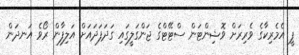
ޕީ އެމެރިކާގެ ވެރިރަށް ވޮޝިންޓަން ސްޓޭޓްގެ ޖަންގަލީގައި ގަދަފަދައަށް އަލިފާން ރޯވެ އަނދަން